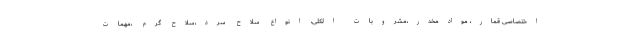
اختصاصی قمار، موادمخدر،مشروبات الکلی، انواع سلاح سرد،سلاح گرم ،مهمات